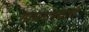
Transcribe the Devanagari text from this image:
गायनामधली